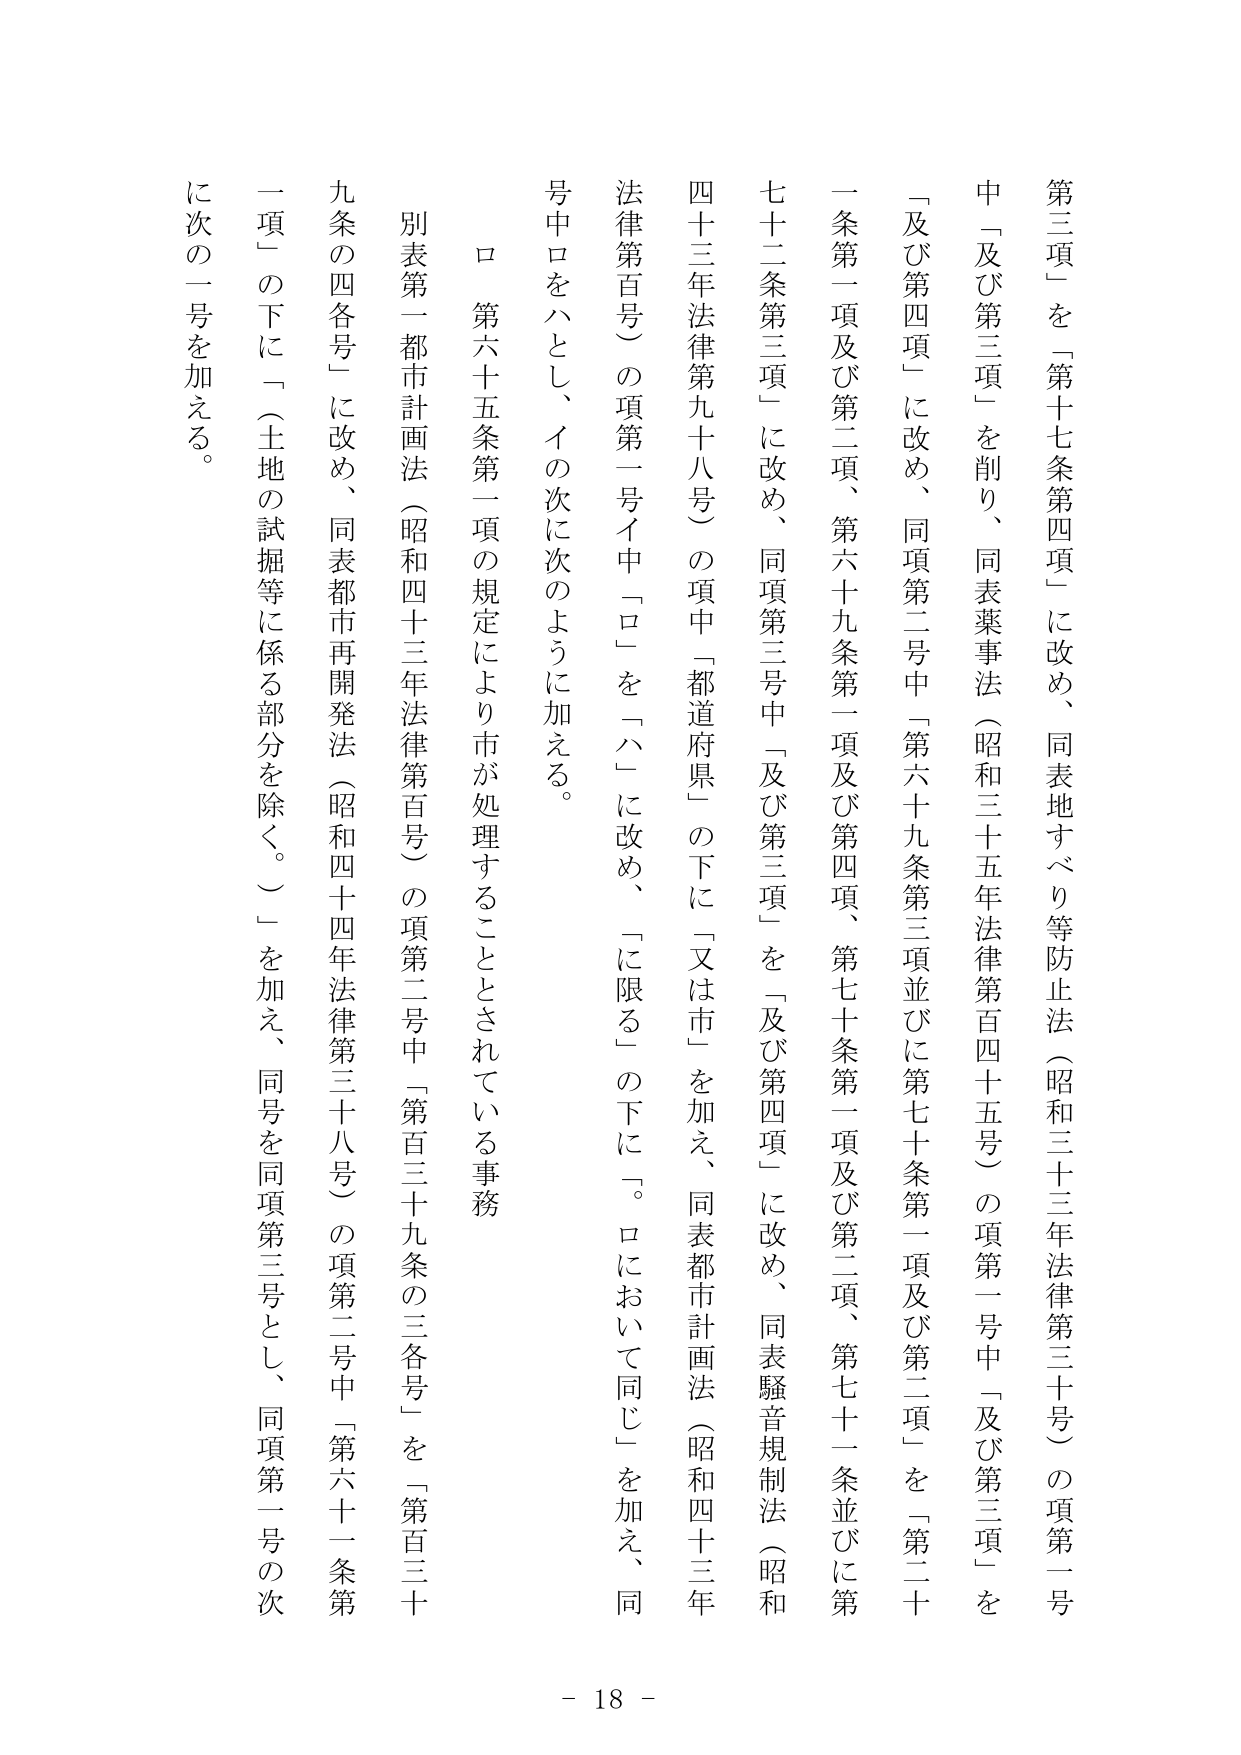
第三項」を「第十七条第四項」に改め、同表地すべり等防止法（昭和三十三年法律第三十号）の項第一号中「及び第三項」を削り、同表薬事法（昭和三十五年法律第百四十五号）の項第一号中「及び第三項」を「及び第四項」に改め、同項第二号中「第六十九条第三項並びに第七十条第一項及び第二項」を「第二十一条第一項及び第二項、第六十九条第一項及び第四項、第七十条第一項及び第二項、第七十一条並びに第七十二条第三項」に改め、同項第三号中「及び第三項」を「及び第四項」に改め、同表騒音規制法（昭和四十三年法律第九十八号）の項中「都道府県」の下に「又は市」を加え、同表都市計画法（昭和四十三年法律第百号）の項第一号イ中「ロ」を「ハ」に改め、「に限る」の下に「。ロにおいて同じ」を加え、同号中ロをハとし、イの次に次のように加える。

　ロ　第六十五条第一項の規定により市が処理することとされている事務

別表第一都市計画法（昭和四十三年法律第百号）の項第二号中「第百三十九条の三各号」を「第百三十九条の四各号」に改め、同表都市再開発法（昭和四十四年法律第三十八号）の項第二号中「第六十一条第一項」の下に「（土地の試掘等に係る部分を除く。）」を加え、同号を同項第三号とし、同項第一号の次に次の一号を加える。

- 18 -